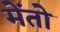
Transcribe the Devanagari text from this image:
मेंतो